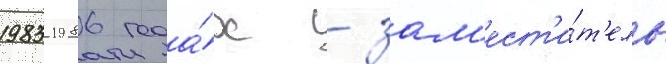
1983-1986 года́х - зам'ест'и́т'ель